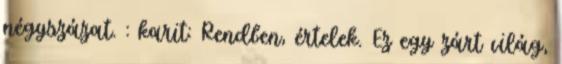
négyszázat. : karit: Rendben, értelek. Ez egy zárt világ,